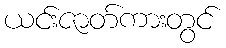
ယင်းဇာတ်ကားတွင်